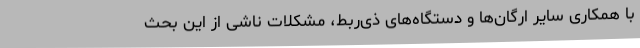
با همکاری سایر ارگان‌ها و دستگاه‌های ذی‌ربط، مشکلات ناشی از این بحث